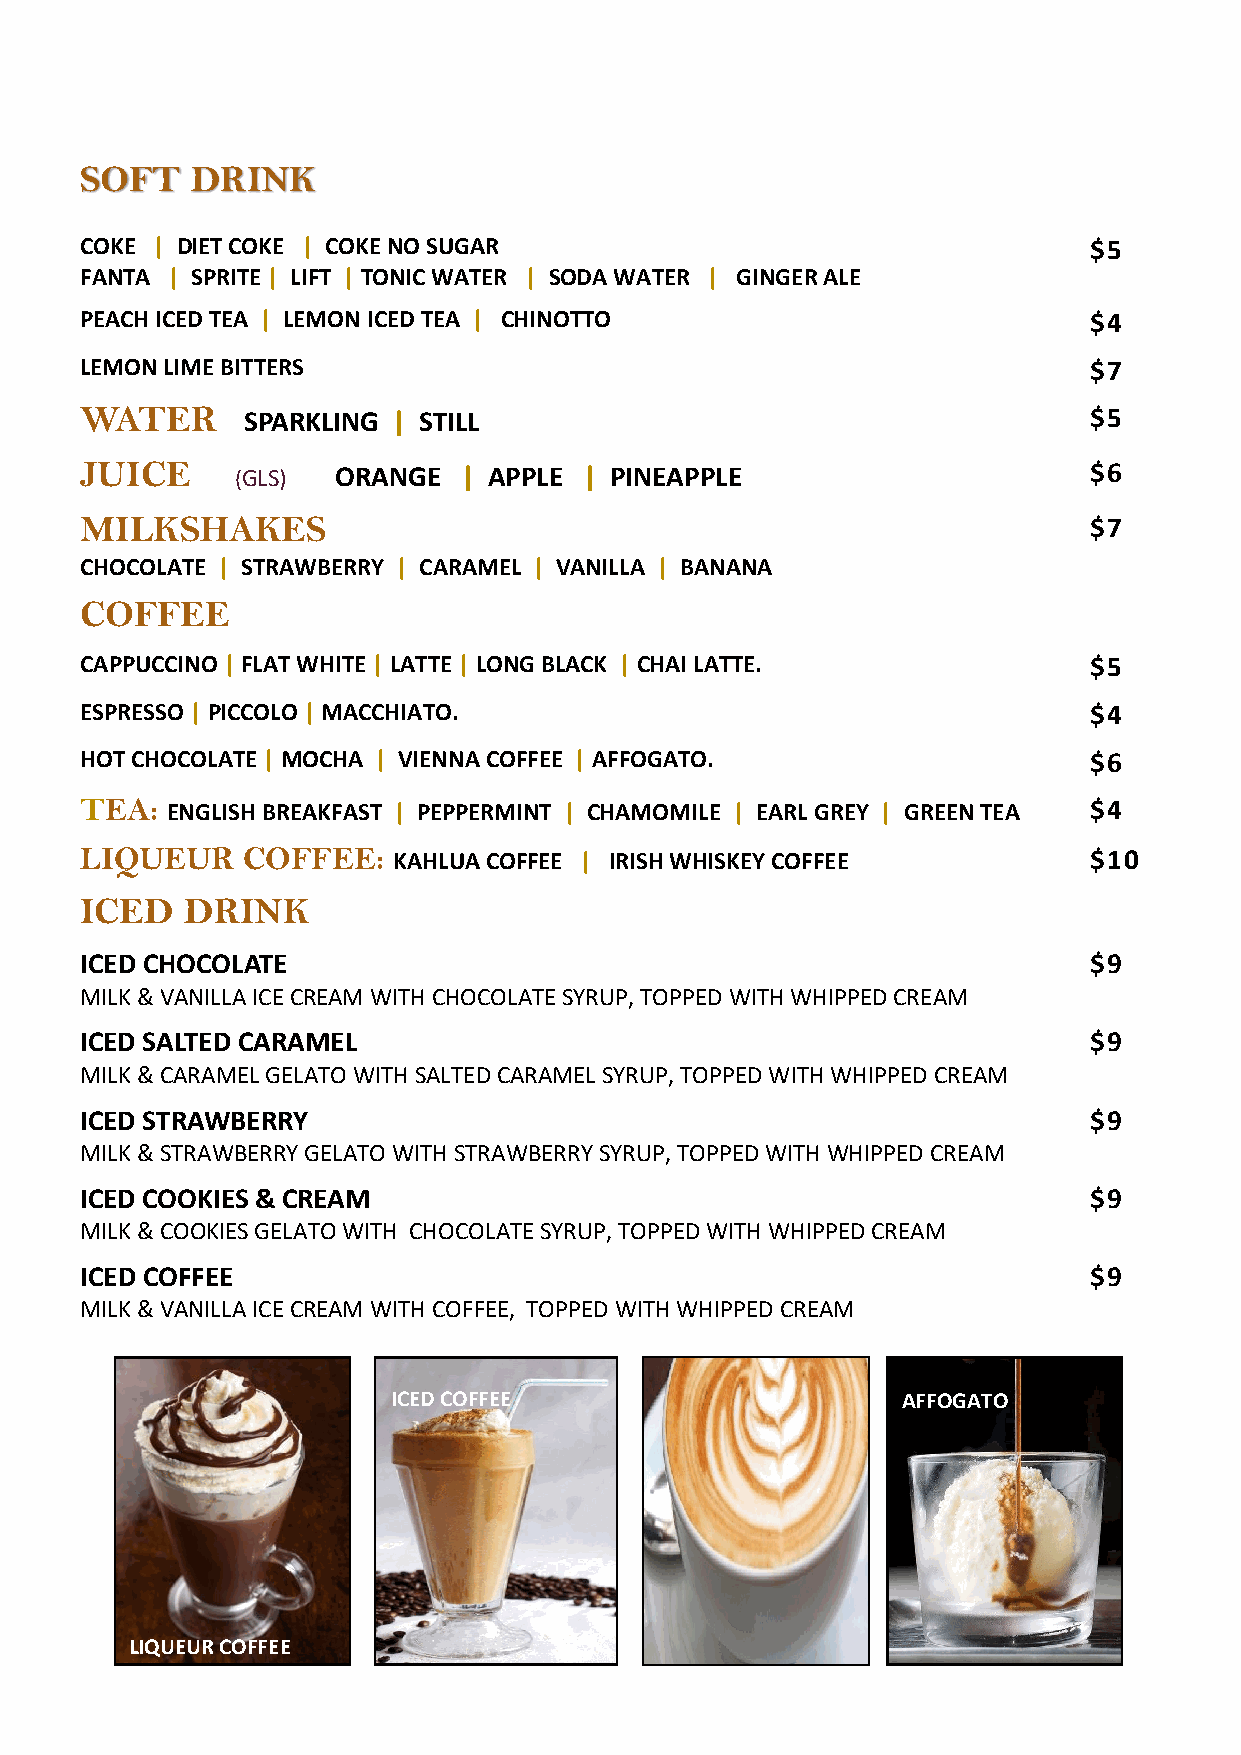
SOFT    DRINK
 COKE | DIET COKE | COKE NO SUGAR                                   $5
 FANTA | SPRITE | LIFT | TONIC WATER | SODA WATER | GINGER ALE
 PEACH ICED TEA | LEMON ICED TEA | CHINOTTO                         $4
 LEMON LIME BITTERS                                                 $7
 WATER      SPARKLING | STILL                                       $5
 JUICE      (GLS) ORANGE  | APPLE  | PINEAPPLE                      $ 6
 MILKSHAKES                                                         $7
 CHOCOLATE | STRAWBERRY | CARAMEL | VANILLA | BANANA
 COFFEE
 CAPPUCCINO | FLAT WHITE | LATTE | LONG BLACK | CHAI LATTE.         $5
 ESPRESSO | PICCOLO | MACCHIATO.                                    $4
 HOT CHOCOLATE | MOCHA | VIENNA COFFEE | AFFOGATO.                  $6
 TEA:  ENGLISH BREAKFAST | PEPPERMINT | CHAMOMILE | EARL GREY | GREEN TEA $4
 LIQUEUR    COFFEE:   KAHLUA COFFEE | IRISH WHISKEY COFFEE          $10
 ICED   DRINK
 ICED CHOCOLATE                                                     $9
 MILK & VANILLA ICE CREAM WITH CHOCOLATE SYRUP, TOPPED WITH WHIPPED CREAM
 ICED SALTED CARAMEL                                                $9
 MILK & CARAMEL GELATO WITH SALTED CARAMEL SYRUP, TOPPED WITH WHIPPED CREAM
 ICED STRAWBERRY                                                    $9
 MILK & STRAWBERRY GELATO WITH STRAWBERRY SYRUP, TOPPED WITH WHIPPED CREAM
 ICED COOKIES & CREAM                                               $9
 MILK & COOKIES GELATO WITH CHOCOLATE SYRUP, TOPPED WITH WHIPPED CREAM
 ICED COFFEE                                                        $9
 MILK & VANILLA ICE CREAM WITH COFFEE, TOPPED WITH WHIPPED CREAM
 ICED COFFEE                       AFFOGATO
 LIQUEUR COFFEE